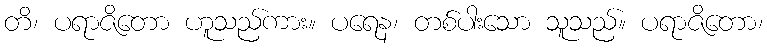
တိ၊ ပရာဇိတော ဟူသည်ကား။ ပရေန၊ တစ်ပါးသော သူသည်။ ပရာဇိတော၊